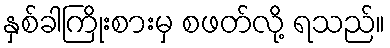
နှစ်ခါကြိုးစားမှ စဖတ်လို့ ရသည်။